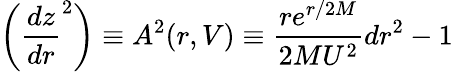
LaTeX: \left(\frac{dz}{dr}^{2}\right)\equiv A^{2}(r,V)\equiv\frac{re^{r/2M}}{2MU^{2}}dr^{2}-1